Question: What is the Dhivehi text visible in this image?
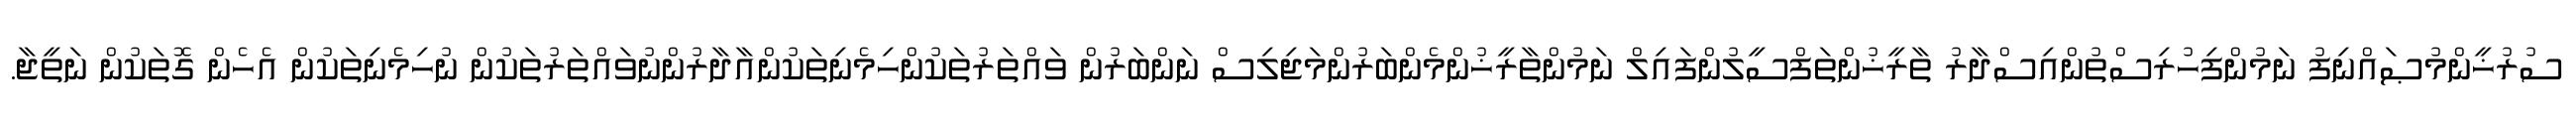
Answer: ސުރުޚީންމުޞައްނިފު ނަމުންފިހުރިސްތުންއިސްދާރު ތާރީޚުންތަފްސީލުންފައިލް ނަމުންތާރީޚުންމެންބަރުންމަޖިލިސް ނަންބަރުން ވައްތަރުތަކުންހިމެނިތަކުންއާދާރުންނުވައްތަރުތަކުން ނުހިމެނިތަކުން އެހެން ގޮތަކުން ނަތީޖާ.